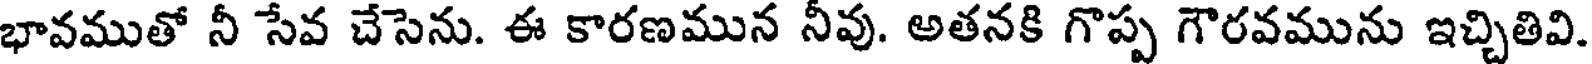
భావముతో నీ సేవ చేసెను. ఈ కారణమున నీవు. అతనకి గొప్ప గౌరవమును ఇచ్చితివి.